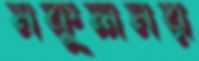
নকুলনর